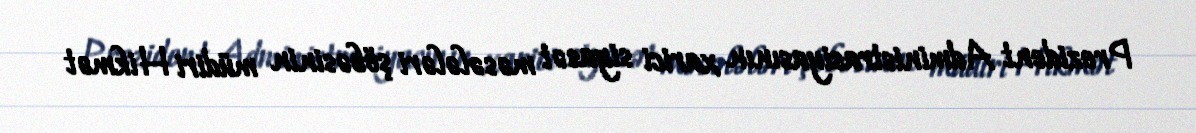
Prezident Administrasiyasının xarici siyasət məsələləri şöbəsinin müdiri Hikmət